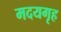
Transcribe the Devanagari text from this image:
मदयगृह